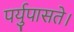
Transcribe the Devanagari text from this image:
पर्युपासते।